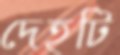
দেহটি